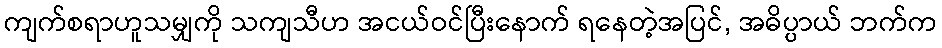
ကျက်စရာဟူသမျှကို သကျသီဟ အငယ်ဝင်ပြီးနောက် ရနေတဲ့အပြင်, အဓိပ္ပာယ် ဘက်က